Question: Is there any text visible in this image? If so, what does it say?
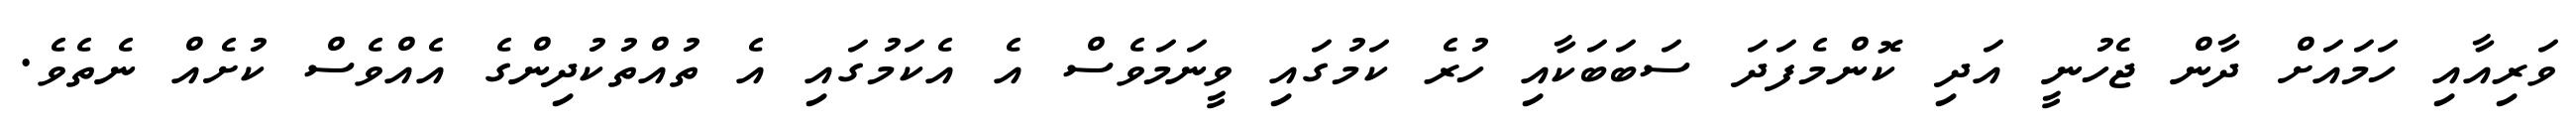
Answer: ވަރިއާއި ހަމައަށް ދާން ޖެހުނީ އަދި ކޮންމެފަދަ ސަބަބަކާއި ހުރެ ކަމުގައި ވީނަމަވެސް އެ އެކަމުގައި އެ ތުއްތުކުދިންގެ އެއްވެސް ކުށެއް ނެތެވެ.